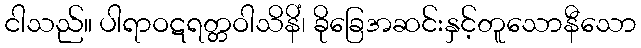
ငါသည်။ ပါရာဝဋရတ္တဝါသိနိံ၊ ခိုခြေအဆင်းနှင့်တူသောနီသော